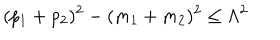
LaTeX: ( p _ { 1 } + p _ { 2 } ) ^ { 2 } - ( m _ { 1 } + m _ { 2 } ) ^ { 2 } \le \Lambda ^ { 2 } \,